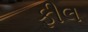
ફીલ